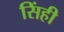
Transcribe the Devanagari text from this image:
सिंही